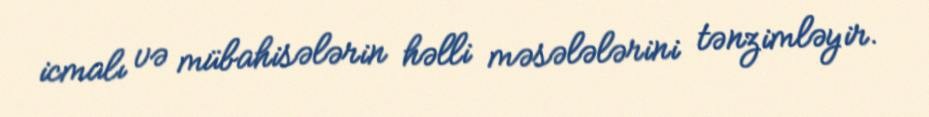
icmalı və mübahisələrin həlli məsələlərini tənzimləyir.